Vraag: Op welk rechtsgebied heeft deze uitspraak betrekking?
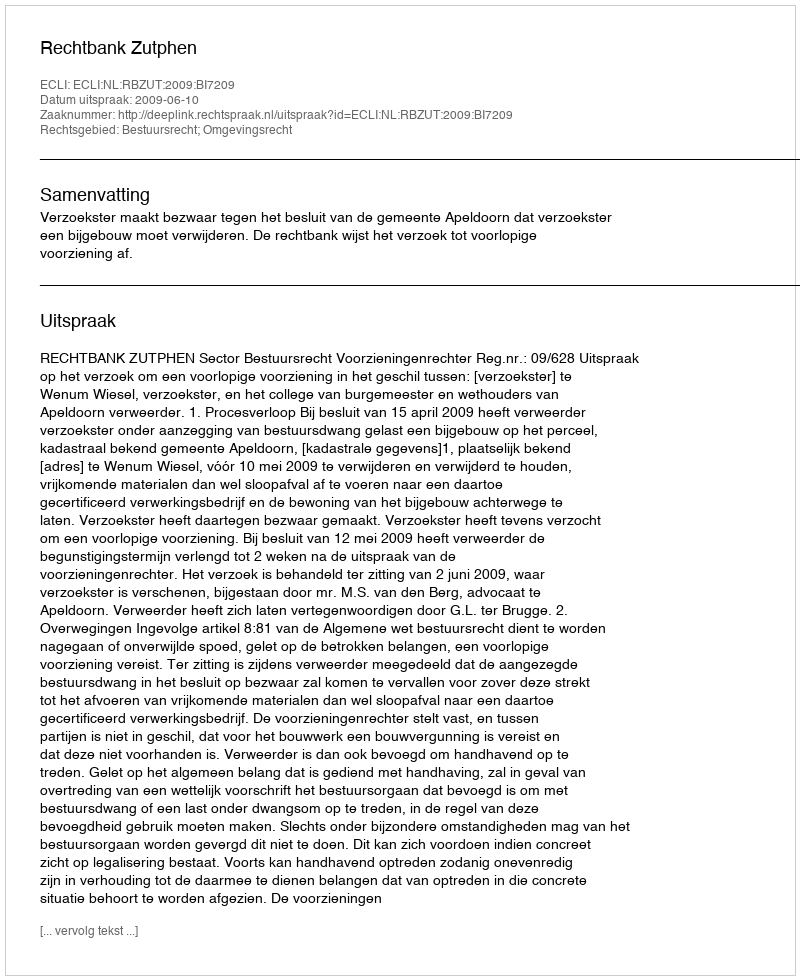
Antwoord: Bestuursrecht; Omgevingsrecht